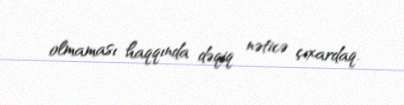
olmaması haqqında dəqiq nəticə çıxardaq.